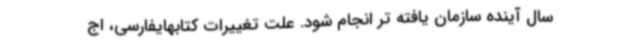
سال آینده سازمان یافته تر انجام شود. علت تغییرات کتابهایفارسی، اج